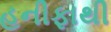
હનીફાથી